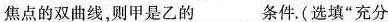
焦点的双曲线，则甲是乙的 ___ 条件.(选填”充分